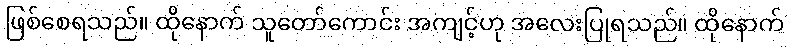
ဖြစ်စေရသည်။ ထိုနောက် သူတော်ကောင်း အကျင့်ဟု အလေးပြုရသည်။ ထိုနောက်